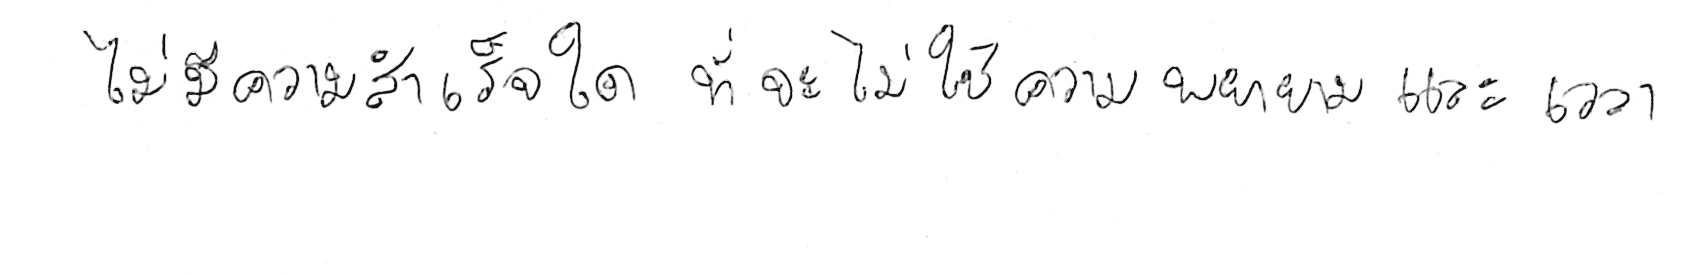
ไม่มีความสำเร็จใด ที่จะไม่ใช้ความพยายามและเวลา